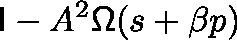
\mathsf { I } - A ^ { 2 } { \mathsf { \Omega } } ( s + \beta p )